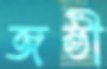
জষ্ঠী